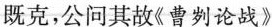
既克，公问其故《曹刿论战》